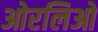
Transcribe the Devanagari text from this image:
ओरलिओ